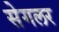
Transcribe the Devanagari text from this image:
सेगलर